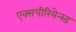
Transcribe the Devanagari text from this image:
एक्सपीरियेन्स्ड